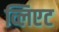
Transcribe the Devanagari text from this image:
व्लिएट